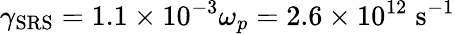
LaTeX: \gamma_{\mathrm{SRS}}=1.1\times 10^{-3}\omega_{p}=2.6\times 10^{12}\; \mathrm{s}^{-1}